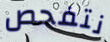
نتفحص